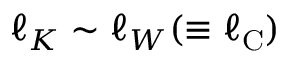
\ell _ { K } \sim \ell _ { W } ( \equiv \ell _ { \mathrm { { C } } } )